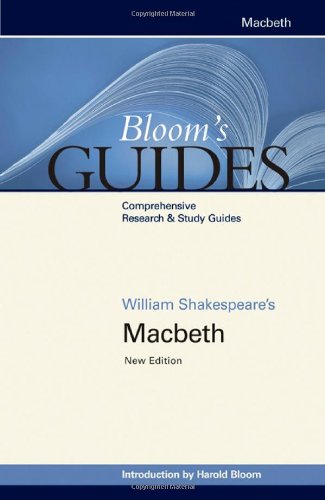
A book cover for Macbeth (Bloom's Guides); William Shakespeare; Teen & Young Adult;